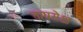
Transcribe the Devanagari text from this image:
तापसेक्ष